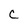
Character: c